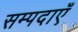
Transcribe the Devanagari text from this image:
सम्पदाएँ